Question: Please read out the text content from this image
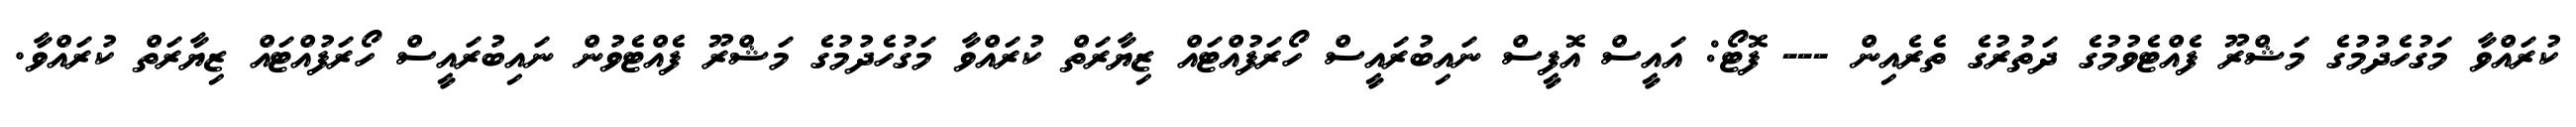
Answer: ކުރައްވާ މަގުހެދުމުގެ މަޝްރޫ ފެއްޓެވުމުގެ ދަތުރުގެ ތެރެއިން --- ފޮޓޯ: އައީސް އޮފީސް ނައިބުރައީސް ހޯރަފުއްޓައް ޒިޔާރަތް ކުރައްވާ މަގުހެދުމުގެ މަޝްރޫ ފެއްޓެވުން ނައިބުރައީސް ހޯރަފުއްޓައް ޒިޔާރަތް ކުރައްވާ.